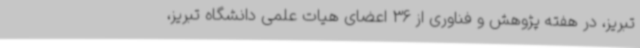
تبریز، در هفته پژوهش و فناوری از 36 اعضای هیات علمی دانشگاه تبریز،